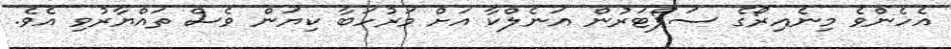
އެހެންވެ މިނެއިރޯގެ ސަޕޯޓަރުން އަނެލްކާ އަށް މަރުހަބާ ކިޔަން ވެސް ތައްޔާރުވި އެވެ.